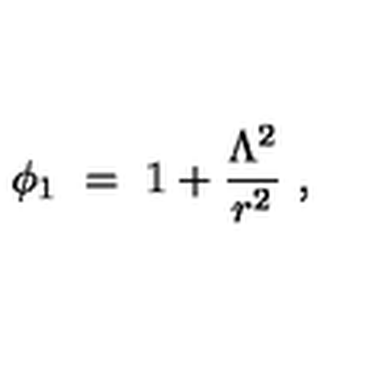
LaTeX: \phi _ { 1 } \ = \ 1 + \frac { \Lambda ^ { 2 } } { r ^ { 2 } } \ ,